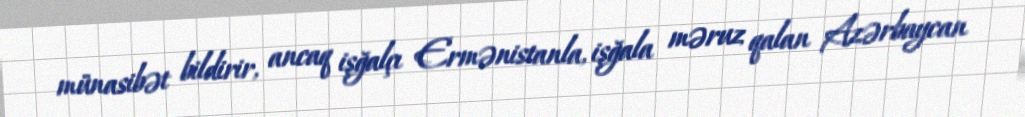
münasibət bildirir, ancaq işğalçı Ermənistanla, işğala məruz qalan Azərbaycan